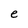
Character: e